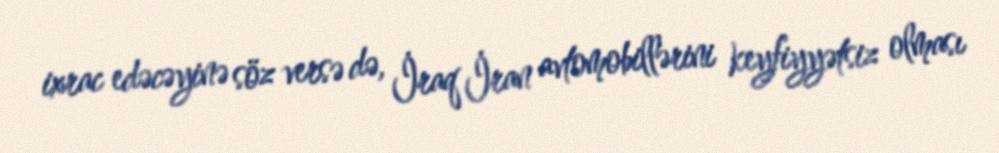
ixrac edəcəyinə söz versə də, İraq İran avtomobillərini keyfiyyətsiz olması